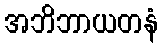
အဘိဘာယတနံ